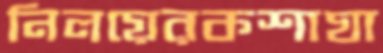
নিলয়েরকশাঘা